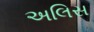
અલિસ